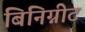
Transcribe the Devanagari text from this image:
बिनिग्नीट